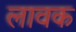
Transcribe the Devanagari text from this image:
लावक